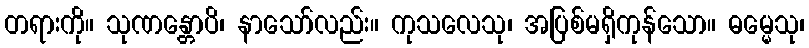
တရားကို။ သုဏန္တောပိ၊ နာသော်လည်း။ ကုသလေသု၊ အပြစ်မရှိကုန်သော။ ဓမ္မေသု၊